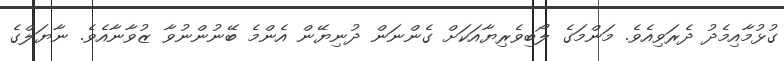
ގުޅުމާއިމެދު ދެރަވިއެވެ. މަންމަގެ ލޯބިވެރިޔާއަކަށް ގެންނަން ދުނިޔޭން އެންމެ ބޭނުންނުވާ ޒުވާނާއެވެ. ނާޔަލްގެ